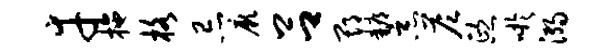
幸拖格忌厥吕期耨恶答熙吁溺